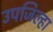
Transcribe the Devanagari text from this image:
उपजिल्हा